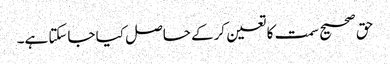
حق صحیح سمت کا تعین کرکے حاصل کیا جاسکتا ہے۔